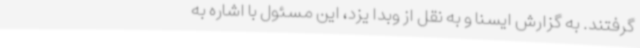
گرفتند. به گزارش ایسنا و به نقل از وبدا یزد، این مسئول با اشاره به